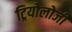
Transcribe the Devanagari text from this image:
ट्रियोलोजी